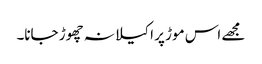
مجھے اس موڑ پر اکیلا نہ چھوڑ جانا۔